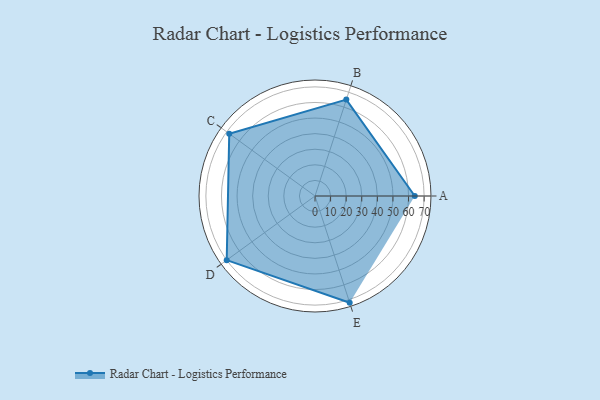
{"axis": {"x": "Skill", "y": "Score"}, "legend": ["Profile"], "data": [{"x": "A", "y": 64.0, "type": "Profile"}, {"x": "B", "y": 65.0, "type": "Profile"}, {"x": "C", "y": 68.0, "type": "Profile"}, {"x": "D", "y": 70.0, "type": "Profile"}, {"x": "E", "y": 72.0, "type": "Profile"}]}